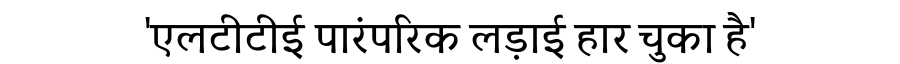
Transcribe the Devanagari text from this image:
'एलटीटीई पारंपरिक लड़ाई हार चुका है'